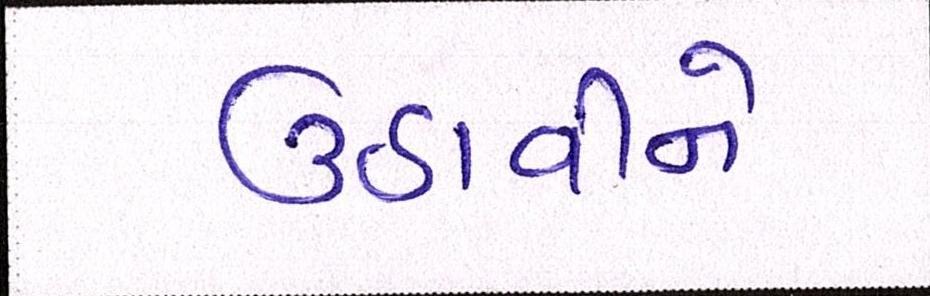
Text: ઉઠાવીને